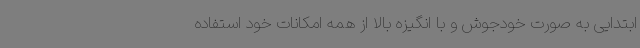
ابتدایی به صورت خودجوش و با انگیزه بالا از همه امکانات خود استفاده